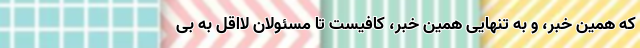
که همین خبر، و به تنهایی همین خبر، کافیست تا مسئولان لااقل به بی‌